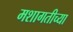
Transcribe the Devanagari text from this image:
मशागतीच्या